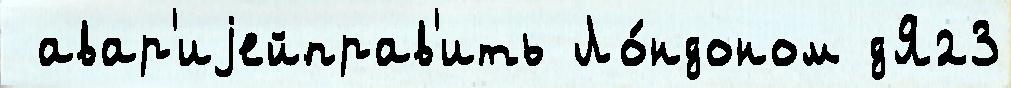
 авар'иjейправ'ить Ло́ндоном дЯ23